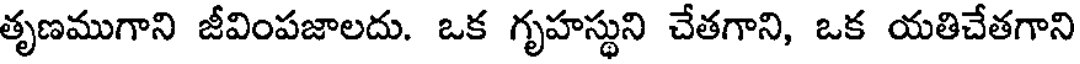
తృణముగాని జీవింపజాలదు. ఒక గృహస్థుని చేతగాని, ఒక యతిచేతగాని